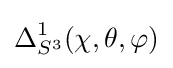
\Delta _{S^{3}}^{1}(\chi ,\theta ,\varphi )